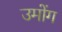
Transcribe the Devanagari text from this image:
उमोंग